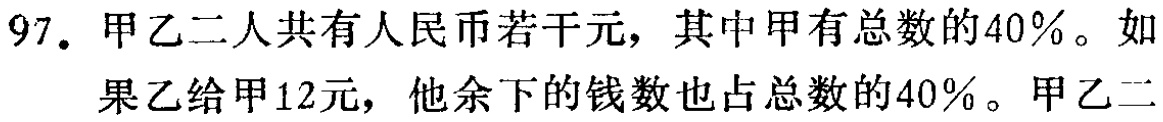
97. 甲乙二人共有人民币若干元，其中甲有总数的40%。如果乙给甲12元，他余下的钱数也占总数的40%。甲乙二